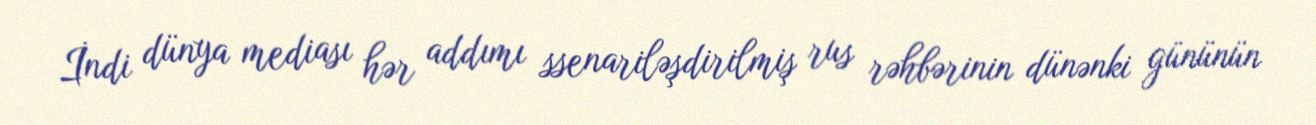
İndi dünya mediası hər addımı ssenariləşdirilmiş rus rəhbərinin dünənki gününün